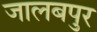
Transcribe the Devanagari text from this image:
जालबपुर